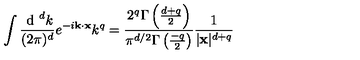
\int \frac { \textup { d } ^ { d } k } { ( 2 \pi ) ^ { d } } e ^ { - i { \bf k } \cdot { \bf x } } k ^ { q } = \frac { 2 ^ { q } \Gamma \left( \frac { d + q } { 2 } \right) } { \pi ^ { d / 2 } \Gamma \left( \frac { - q } { 2 } \right) } \frac { 1 } { | { \bf x } | ^ { d + q } }